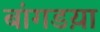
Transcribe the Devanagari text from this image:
बांगडय़ा